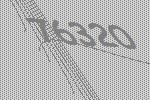
76320